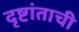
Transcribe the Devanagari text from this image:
दृष्टांताची